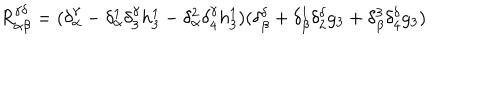
R _ { \alpha \beta } ^ { \gamma \delta } = ( \delta _ { \alpha } ^ { \gamma } - \delta _ { \alpha } ^ { 1 } \delta _ { 3 } ^ { \gamma } h _ { 3 } ^ { 1 } - \delta _ { \alpha } ^ { 2 } \delta _ { 4 } ^ { \gamma } h _ { 3 } ^ { 1 } ) ( \delta _ { \beta } ^ { \delta } + \delta _ { \beta } ^ { 1 } \delta _ { 2 } ^ { \delta } g _ { 3 } + \delta _ { \beta } ^ { 3 } \delta _ { 4 } ^ { \delta } g _ { 3 } )